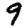
Digit: 9